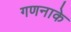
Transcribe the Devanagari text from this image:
गणनाके